Account of plague administration in the Bombay Presidency from September 1896 till May 1897
Year: 1896
Disease focus: Plague
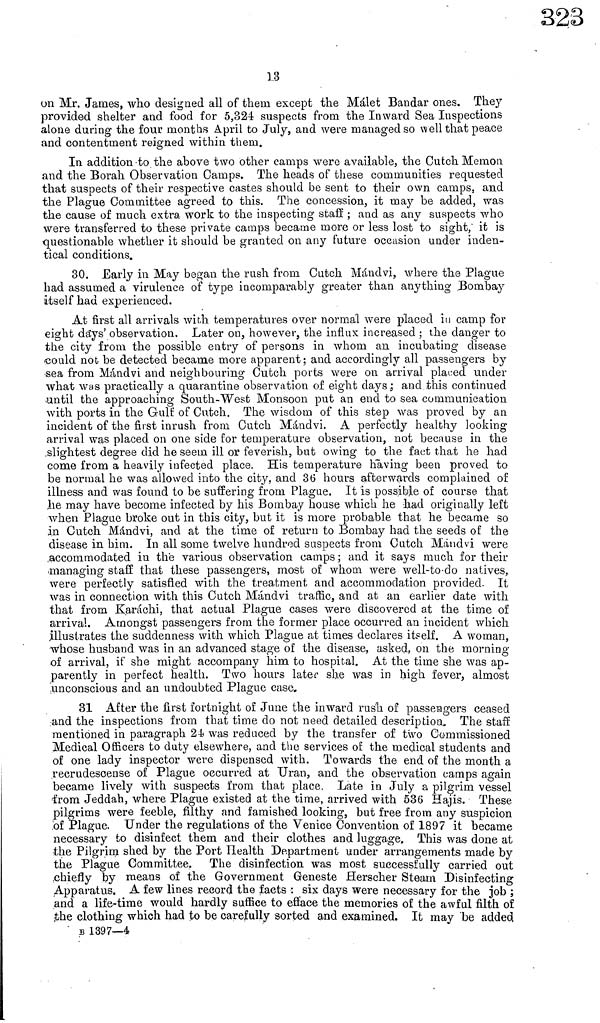
13
on Mr. James, who designed all of them except the Málet Bandar ones. They
provided shelter and food for 5,324 suspects from the Inward Sea Inspections
alone during the four months April to July, and were managed so well that place
and contentment reigned within them.
In addition to the above two other camps were available, the Cutch Memon
and the Borah Observation Camps. The heads of these communities requested
that suspects of their respective castes should be sent to their own camps, and
the Plague Committee agreed to this. The concession, it may be added, was
the cause of much extra work to the inspecting staff ; and as any suspects who
were transferred to these private camps became more or less lost to sight, it is
questionable whether it should be granted on any future occasion under inden-
tical conditions.
30. Early in May began the rush from Cutch Mandvi, where the Plague
had assumed a virulence of type incomparably greater than anything Bombay
itself had experienced.
At first all arrivals with temperatures over normal were placed iti camp for
eight days' observation. Later on, however, the influx increased ; the danger to
the city from the possible entry of persons in whom an incubating disease
could not be detected became more apparent; and accordingly all passengers by
sea from Mandvi and neighbouring Cutch ports were on arrival placed under
what was practically a quarantine observation of eight days; and this continued
until the approaching South-West Monsoon put an end to sea communication
with ports in the Gulf of Cutch. The wisdom of this step was proved by an
incident of the first inrush from Cutch Mandvi. A perfectly healthy looking
arrival was placed on one side for temperature observation, not because in the
slightest degree did he seem ill or feverish, but owing to the fact that he had
come from a heavily infected place. His temperature having been proved to
be normal he was allowed into the city, and 36 hours afterwards complained of
illness and was found to be suffering from Plague. It is possible of course that
he may have become infected by his Bombay house which he had originally left
when Plague broke out in this city, but it is more probable that he became so
in Cutch Mandvi, and at the time of return to Bombay had the seeds of the
disease in him. In all some twelve hundred suspects from Cutch Mandvi were
accommodated in thè various observation camps ; and it says much for their
managing staff that these passengers, most of whom were well-to-do natives,
were perfectly satisfied with the treatment and accommodation provided. It
was in connection with this Cutch Mandvi traffic, and at an earlier date with
that from Karáchi, that actual Plague cases were discovered at the time of
arrival. Amongst passengers from the former place occurred an incident which
illustrates the suddenness with which Plague at times declares it?elf. A woman,
whose husband was in an advanced stage of the disease, asked, on the morning
of arrival, if she might accompany him to hospital. At the time she was ap-
parently in perfect health. Two hours later she was in high fever, almost
unconscious and an undoubted Plague case.
31 After the first fortnight of June the inward rush of passengers ceased
and the inspections from that time do not need detailed description. The staff
mentioned in paragraph 2 was reduced by the transfer of two Commissioned
Medical Officers to duty elsewhere, and the services of the medical students and
of one lady inspector were dispensed with. Towards the end of the month a
recrudescense of Plague occurred at Uran, and the observation camps again
became lively with suspects from that place. Late in July a pilgrim vessel
from Jeddah, where Plague existed at the time, arrived with 536 Hajis. These
pilgrims were feeble, filthy and famished looking, but free from any suspicion
of Plague. Under the regulations of the Venice Convention of 1897 it became
necessary to disinfect them and their clothes and luggage. This was done at
the Pilgrim shed by the Port Health Department under arrangements made by
the Plague Committee. The disinfection was most successfully carried out
chiefly by means of the Government Geneste Herscher Steam Disinfecting
Apparatus. A few lines record the facts : six days were necessary for the job ;
and a life-time would hardly suffice to efface the memories of the awful filth of
the clothing which had to be carefully sorted and examined. It may be added
s 1397—4